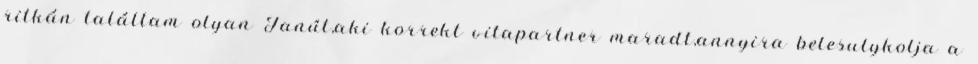
ritkán találtam olyan Tanút,aki korrekt vitapartner maradt,annyira belesulykolja a